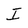
Character: I